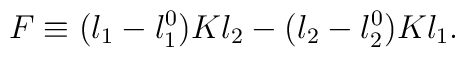
F \equiv (\l_1 - \l_1^0) K \l_2 - (\l_2 -\l_2^0) K \l_1 .